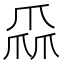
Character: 𤔙